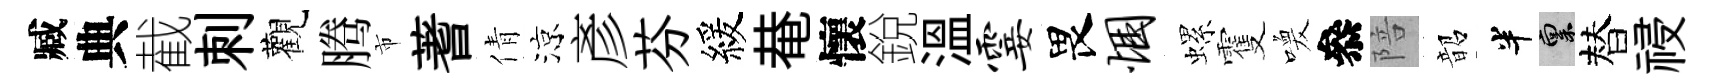
臧典截刺觀腾市蓍倩涼彥芬緩𤲅懷銳溫霎畏悃螺䨥喚叅陪韶半禀替祲